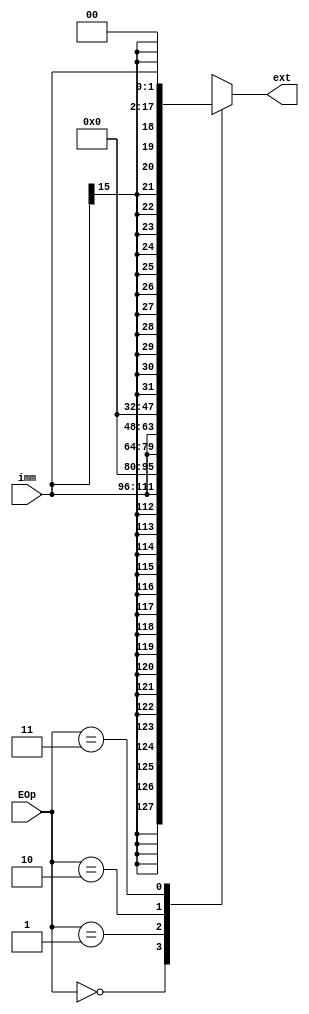
`timescale 1ns / 1ps
//////////////////////////////////////////////////////////////////////////////////
// Company: 
// Engineer: 
// 
// Design Name: 
// Module Name:    ext 
// Project Name: 
// Target Devices: 
// Tool versions: 
// Description: 
//
// Dependencies: 
//
// Revision: 
// Revision 0.01 - File Created
// Additional Comments: 
//
//////////////////////////////////////////////////////////////////////////////////
module ext(
    input [15:0] imm,
    input [1:0] EOp,
    output reg [31:0] ext
    );
	
	always @(*) begin
		case (EOp)
			2'b00: ext = $signed(imm);
			2'b01: ext = imm;
			2'b10: ext = {imm, 16'h0};
			2'b11: ext = $signed(imm) << 2;
		endcase
	end

endmodule